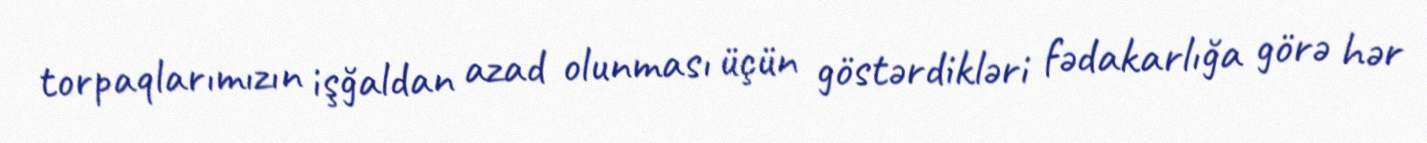
torpaqlarımızın işğaldan azad olunması üçün göstərdikləri fədakarlığa görə hər